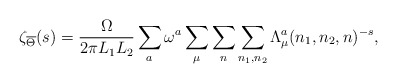
\begin{align*}\zeta_{\overline{\Theta}}(s)= {\Omega \over 2\pi L_1 L_2}\sum_a \omega^a \sum_{\mu} \sum_n \sum_{n_1,n_2}\Lambda_{\mu}^a(n_1,n_2,n)^{-s},\end{align*}